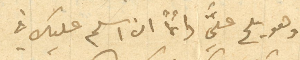
وهو يلح عليَّ دائمًا ان اسلم عليك في